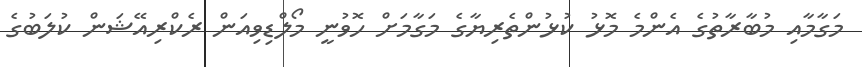
މަގާމާއި މުބާރާތުގެ އެންމެ މޮޅު ކުޅުންތެރިޔާގެ މަގާމަށް ހޮވުނީ މޯލްޑިވިއަން ރެކްރިއޭޝަން ކުލަބުގެ